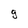
Character: g